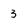
Character: 3